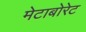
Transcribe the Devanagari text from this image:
मेटाबोरेट